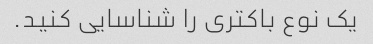
یک نوع باکتری را شناسایی کنید.